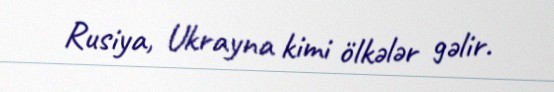
Rusiya, Ukrayna kimi ölkələr gəlir.